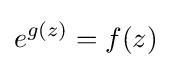
e^{g(z)}=f(z)